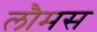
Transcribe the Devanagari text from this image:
लौमस